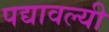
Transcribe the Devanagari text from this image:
पद्यावल्यी